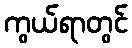
ကွယ်ရာတွင်